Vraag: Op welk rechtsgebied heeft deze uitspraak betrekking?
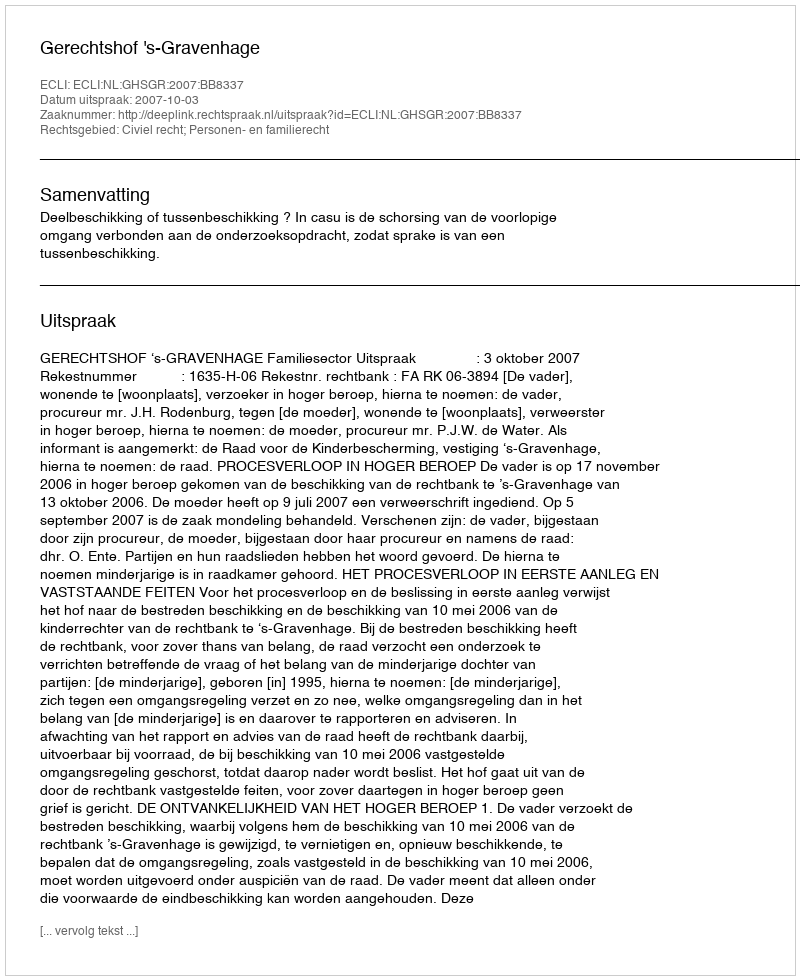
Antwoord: Civiel recht; Personen- en familierecht